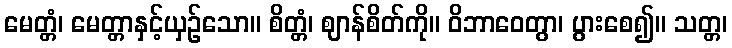
မေတ္တံ၊ မေတ္တာနှင့်ယှဉ်သော။ စိတ္တံ၊ ဈာန်စိတ်ကို။ ဝိဘာဝေတွာ၊ ပွားစေ၍။ သတ္တ၊